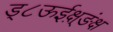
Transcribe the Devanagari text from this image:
ड्८ऊईक्ष़्ङंक्ष